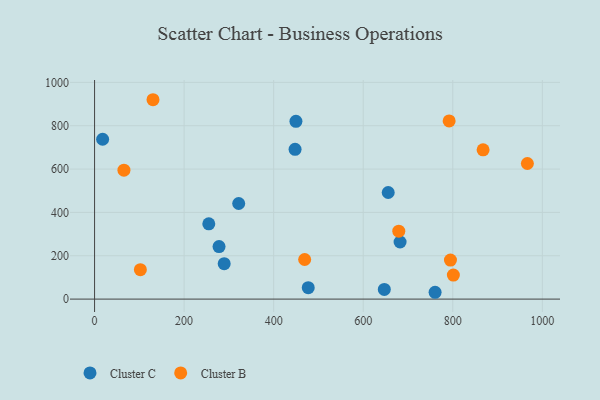
{"axis": {"x": "Distance", "y": "Profit"}, "legend": ["Cluster B", "Cluster C"], "data": [{"x": "655.8", "y": 491.8, "type": "Cluster C"}, {"x": "255.1", "y": 347.4, "type": "Cluster C"}, {"x": "447.8", "y": 690.9, "type": "Cluster C"}, {"x": "682.3", "y": 263.6, "type": "Cluster C"}, {"x": "18.0", "y": 737.6, "type": "Cluster C"}, {"x": "760.5", "y": 31.5, "type": "Cluster C"}, {"x": "278.0", "y": 242.4, "type": "Cluster C"}, {"x": "647.1", "y": 44.8, "type": "Cluster C"}, {"x": "477.2", "y": 52.9, "type": "Cluster C"}, {"x": "289.5", "y": 163.4, "type": "Cluster C"}, {"x": "449.7", "y": 820.3, "type": "Cluster C"}, {"x": "321.9", "y": 441.2, "type": "Cluster C"}, {"x": "469.2", "y": 182.7, "type": "Cluster B"}, {"x": "679.4", "y": 313.6, "type": "Cluster B"}, {"x": "966.6", "y": 625.8, "type": "Cluster B"}, {"x": "867.7", "y": 688.8, "type": "Cluster B"}, {"x": "65.6", "y": 594.8, "type": "Cluster B"}, {"x": "130.5", "y": 920.0, "type": "Cluster B"}, {"x": "102.3", "y": 136.0, "type": "Cluster B"}, {"x": "791.9", "y": 822.4, "type": "Cluster B"}, {"x": "801.3", "y": 110.8, "type": "Cluster B"}, {"x": "794.8", "y": 180.3, "type": "Cluster B"}]}